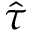
\hat { \tau }